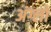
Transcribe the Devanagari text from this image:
अंग्लो